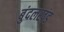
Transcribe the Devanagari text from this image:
बुंदलखंड